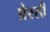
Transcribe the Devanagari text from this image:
प्रेस्सी